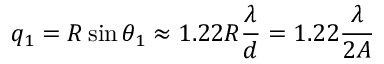
q _ { 1 } = R \sin \theta _ { 1 } \approx 1 . 2 2 { R } { \frac { \lambda } { d } } = 1 . 2 2 { \frac { \lambda } { 2 A } }